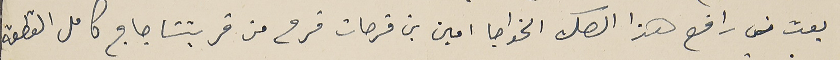
بعت من رافع هذا الصك الخواجا امين بن فرحات فرح من قريتنا جاج كامل القطعة